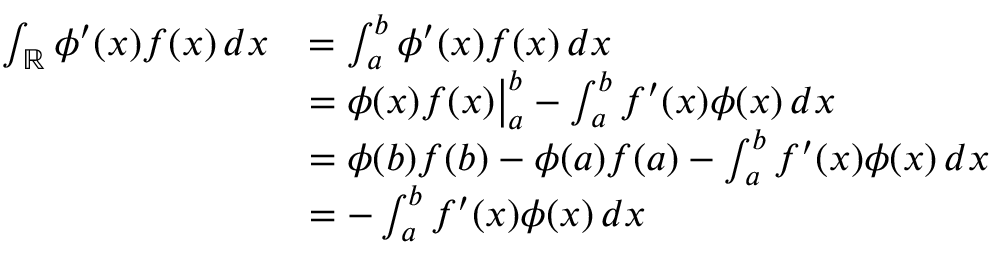
{ \begin{array} { r l } { \int _ { \mathbb { R } } \phi ^ { \prime } ( x ) f ( x ) \, d x } & { = \int _ { a } ^ { b } \phi ^ { \prime } ( x ) f ( x ) \, d x } \\ & { = \phi ( x ) f ( x ) { \big \vert } _ { a } ^ { b } - \int _ { a } ^ { b } f ^ { \prime } ( x ) \phi ( x ) \, d x } \\ & { = \phi ( b ) f ( b ) - \phi ( a ) f ( a ) - \int _ { a } ^ { b } f ^ { \prime } ( x ) \phi ( x ) \, d x } \\ & { = - \int _ { a } ^ { b } f ^ { \prime } ( x ) \phi ( x ) \, d x } \end{array} }